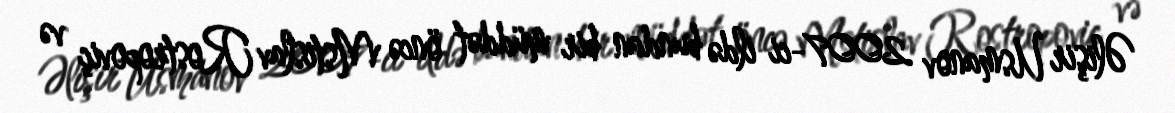
Əlişir Usmanov 2007-ci ildə bundan bir müddət öncə Mstislav Rostropoviç və